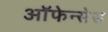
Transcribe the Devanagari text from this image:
ऑफेन्सेस